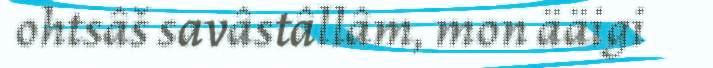
ohtsâš savâstâllâm, mon ääigi